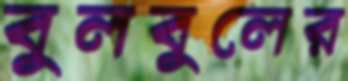
বুলবুলের